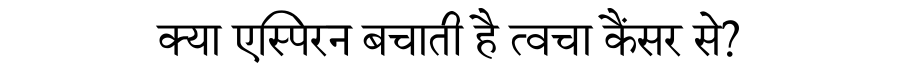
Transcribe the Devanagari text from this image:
क्या एस्पिरन बचाती है त्वचा कैंसर से?